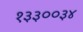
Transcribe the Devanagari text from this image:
१३३००३४